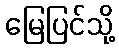
မြေပြင်သို့